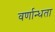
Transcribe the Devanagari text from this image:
वर्णान्धता